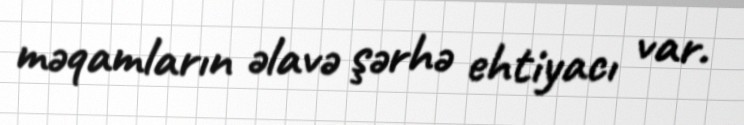
məqamların əlavə şərhə ehtiyacı var.